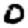
Digit: 0